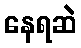
နေရဆဲ